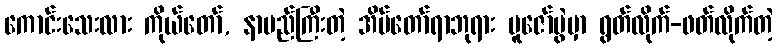
ကောင်းသေးလား ကိုယ်တော်, နာမည်ကြီးတဲ့ အိမ်တော်ရာဘုရား ပူဇော်ပွဲမှာ ရွတ်လိုက်-ဖတ်လိုက်တဲ့